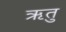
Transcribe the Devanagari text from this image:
ऋतुु